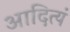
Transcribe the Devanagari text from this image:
आदित्यं